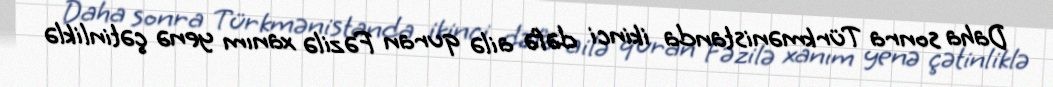
Daha sonra Türkmənistanda ikinci dəfə ailə quran Fəzilə xanım yenə çətinliklə